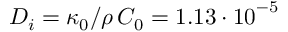
D _ { i } = \kappa _ { 0 } / \rho \, C _ { 0 } = 1 . 1 3 \cdot { 1 0 } ^ { - 5 }